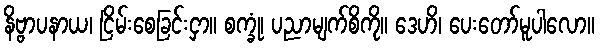
နိဗ္ဗာပနာယ၊ ငြိမ်းစေခြင်းငှာ။ စက္ခုံ၊ ပညာမျက်စိကို။ ဒေဟိ၊ ပေးတော်မူပါလော။